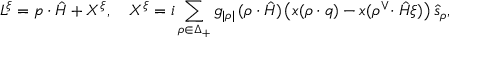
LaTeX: L ^ { \xi } = p \cdot \hat { H } + X ^ { \xi } , \quad X ^ { \xi } = i \sum _ { \rho \in \Delta _ { + } } g _ { | \rho | } \, ( \rho \cdot \hat { H } ) \left( x ( \rho \cdot q ) - x ( \rho ^ { \vee } \! \cdot \hat { H } \xi ) \right) \hat { s } _ { \rho } ,